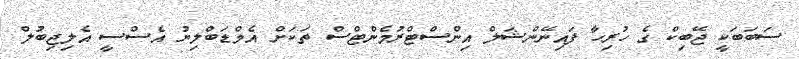
ސަބަބަކީ ޖޭބިކް ގެ ހުރިހާ ފައިނޭންޝަލް އިންސްޓްރުމެންޓްސް ތަކަށް އެމްޑަބްލިޔު އެސްސީ އެލިޖިބުލް